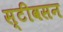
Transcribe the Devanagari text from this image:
स्टीवसन